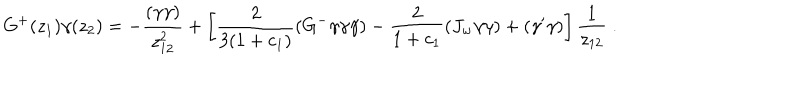
LaTeX: G ^ { + } ( z _ { 1 } ) \gamma ( z _ { 2 } ) = - \frac { ( \gamma \gamma ) } { z _ { 1 2 } ^ { 2 } } + \left[ \frac { 2 } { 3 ( 1 + c _ { 1 } ) } ( G ^ { - } \gamma \gamma \gamma ) - \frac { 2 } { 1 + c _ { 1 } } ( J _ { w } \gamma \gamma ) + ( \gamma ^ { \prime } \gamma ) \right] \frac { 1 } { z _ { 1 2 } } \; .